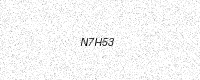
Text: N7H53